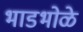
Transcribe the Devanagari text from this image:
भाडभोळे